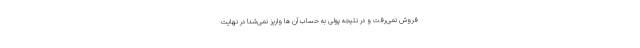
فروش نمی‌رفت و در نتیجه پولی به حساب آن ها واریز نمی‌شد! در نهایت